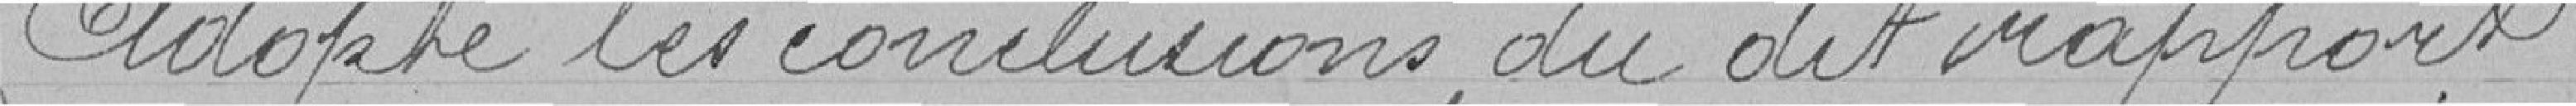
Adopte les conclusions du dit rapport